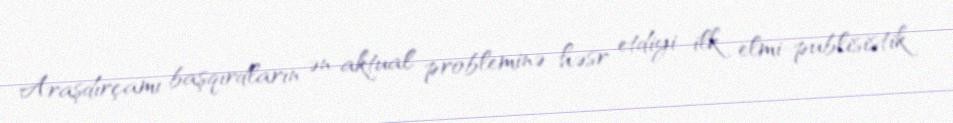
Araşdırçamı başqırdların ən aktual probleminə həsr etdiyi ilk elmi-publisistik